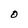
Character: O